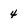
Character: 4